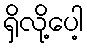
ရှိလို့ပေါ့